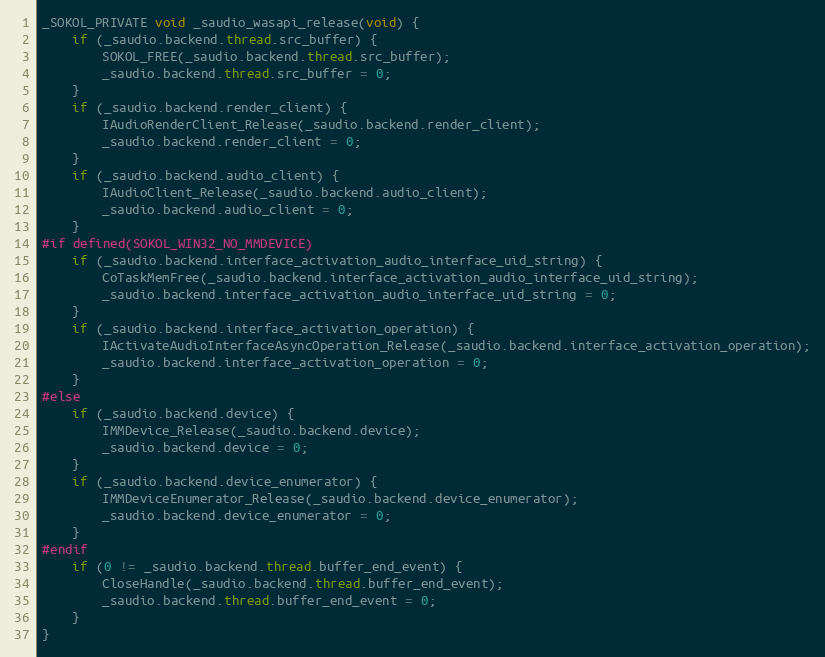
Language: C
_SOKOL_PRIVATE void _saudio_wasapi_release(void) {
    if (_saudio.backend.thread.src_buffer) {
        SOKOL_FREE(_saudio.backend.thread.src_buffer);
        _saudio.backend.thread.src_buffer = 0;
    }
    if (_saudio.backend.render_client) {
        IAudioRenderClient_Release(_saudio.backend.render_client);
        _saudio.backend.render_client = 0;
    }
    if (_saudio.backend.audio_client) {
        IAudioClient_Release(_saudio.backend.audio_client);
        _saudio.backend.audio_client = 0;
    }
#if defined(SOKOL_WIN32_NO_MMDEVICE)
    if (_saudio.backend.interface_activation_audio_interface_uid_string) {
        CoTaskMemFree(_saudio.backend.interface_activation_audio_interface_uid_string);
        _saudio.backend.interface_activation_audio_interface_uid_string = 0;
    }
    if (_saudio.backend.interface_activation_operation) {
        IActivateAudioInterfaceAsyncOperation_Release(_saudio.backend.interface_activation_operation);
        _saudio.backend.interface_activation_operation = 0;
    }
#else
    if (_saudio.backend.device) {
        IMMDevice_Release(_saudio.backend.device);
        _saudio.backend.device = 0;
    }
    if (_saudio.backend.device_enumerator) {
        IMMDeviceEnumerator_Release(_saudio.backend.device_enumerator);
        _saudio.backend.device_enumerator = 0;
    }
#endif
    if (0 != _saudio.backend.thread.buffer_end_event) {
        CloseHandle(_saudio.backend.thread.buffer_end_event);
        _saudio.backend.thread.buffer_end_event = 0;
    }
}